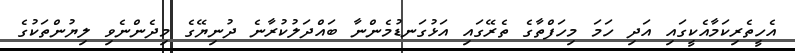
އެހީތެރިކަމާއެކީގައި އަދި ހަމަ މިހަފްތާގެ ތެރޭގައި އަޅުގަނޑުމެންނާ ބައްދަލުކުރާނެ ދުނިޔޭގެ މިދެންނެވި ލިޔުންތަކުގެ